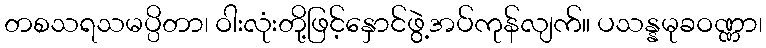
တစသရသမပ္ပိတာ၊ ဝါးလုံးတို့ဖြင့်နှောင်ဖွဲ့အပ်ကုန်လျက်။ ပသန္နမုခဝဏ္ဏာ၊